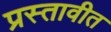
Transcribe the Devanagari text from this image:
प्रस्तावीत